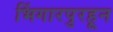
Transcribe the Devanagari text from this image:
भिंगारपुरहून